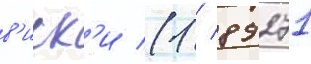
в'иск'и (1 / 89271